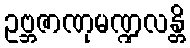
ဥဗ္ဘဇာဏုမဏ္ဍလန္တိ